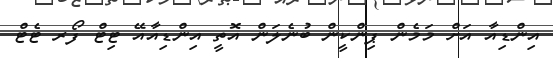
އިންޑިއާ އަށް މަމެން ޕިންކީން ބުނެލަން އޮތީ އިންޑިއާއޭ ޓިޓް ފޯރ ޓެޓް